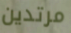
مرتدين